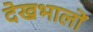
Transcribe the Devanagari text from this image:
देखभालों